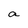
Character: a